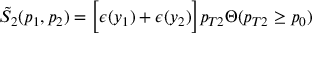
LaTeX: \tilde { S } _ { 2 } ( p _ { 1 } , p _ { 2 } ) = \bigg [ \epsilon ( y _ { 1 } ) + \epsilon ( y _ { 2 } ) \bigg ] p _ { T 2 } \Theta ( p _ { T 2 } \ge p _ { 0 } )